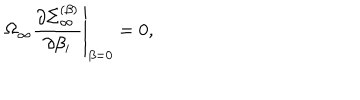
\Omega _ { \infty } \left. { \frac { \partial \Sigma _ { \infty } ^ { ( \beta ) } } { \partial \beta _ { i } } } \right| _ { \beta = 0 } = 0 ,